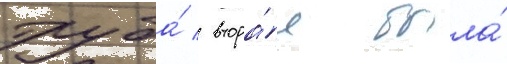
труба́ / втора́я была́